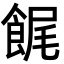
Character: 䬿